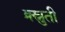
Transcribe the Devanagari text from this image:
क्र्स्नुती